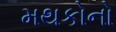
મથકોનો